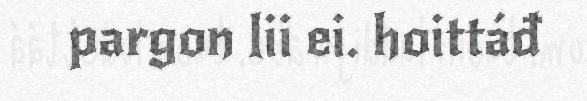
pargon lii ei. hoittáđ